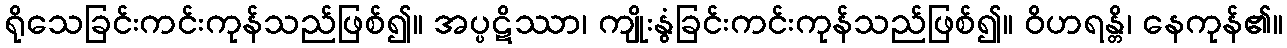
ရိုသေခြင်းကင်းကုန်သည်ဖြစ်၍။ အပ္ပဋိဿာ၊ ကျိုးနွံခြင်းကင်းကုန်သည်ဖြစ်၍။ ဝိဟရန္တိ၊ နေကုန်၏။